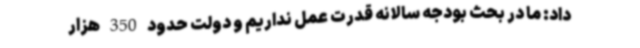
داد: ما در بحث بودجه سالانه قدرت عمل نداریم و دولت حدود 350 هزار